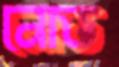
নোড